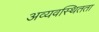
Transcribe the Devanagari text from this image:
अव्यवस्थितता